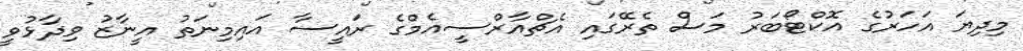
މިދިޔަ އަހަރުގެ އޮކްޓޯބަރު މަސް ތެރޭގައި އެޗްއާރްސީއެމްގެ ރައީސާ އައިމިނަތު އީނާޒު ވިދާޅުވީ